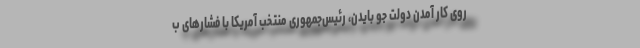
روی کار آمدن دولت جو بایدن، رئیس‌جمهوری منتخب آمریکا با فشارهای ب